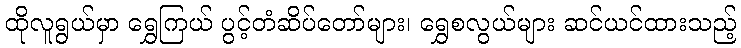
ထိုလူရွယ်မှာ ရွှေကြယ် ပွင့်တံဆိပ်တော်များ၊ ရွှေစလွယ်များ ဆင်ယင်ထားသည့်